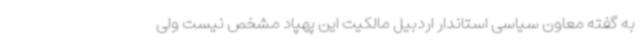
به گفته معاون سیاسی استاندار اردبیل مالکیت این پهپاد مشخص نیست ولی